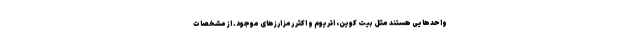
واحدهایی هستند مثل بیت کوین، اتریوم و اکثر رمز ارزهای موجود. از مشخصات